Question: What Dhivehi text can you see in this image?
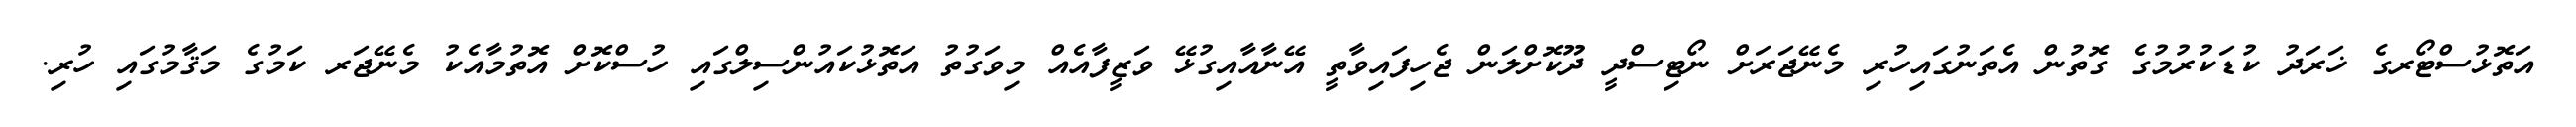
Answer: އަތޮޅުސްޓޯރގެ ޚަރަދު ކުޑަކުރުމުގެ ގޮތުން އެތަނުގައިހުރި މެނޭޖަރަށް ނޯޓިސްދީ ދޫކޮށްލަން ޖެހިފައިވާތީ އޭނާއާއިގުޅޭ ވަޒީފާއެއް މިވަގުތު އަތޮޅުކައުންސިލްގައި ހުސްކޮށް އޮތުމާއެކު މެނޭޖަރ ކަމުގެ މަޤާމުގައި ހުރި.